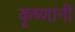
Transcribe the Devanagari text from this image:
कृष्णानी